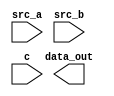
`timescale 1 ns/ 1 ns

module alu (src_a, src_b, c, data_out);

input [7:0] src_a, src_b;
input [2:0] c;
output [7:0] data_out;



/* implement here */




endmodule